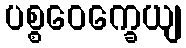
ပစ္စဝေက္ခေယျ